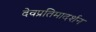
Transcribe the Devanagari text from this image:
देवप्रतिमादर्शन